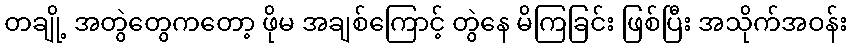
တချို့ အတွဲတွေကတော့ ဖိုမ အချစ်ကြောင့် တွဲနေ မိကြခြင်း ဖြစ်ပြီး အသိုက်အဝန်း